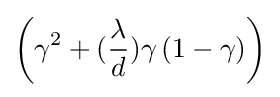
\left(\gamma ^{2}+({\dfrac {\lambda }{d}})\gamma \left(1-\gamma \right)\right)